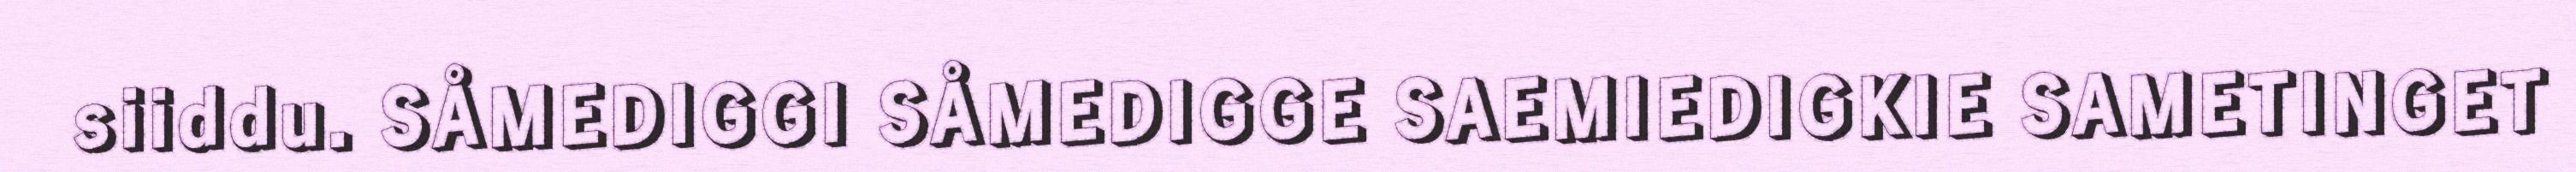
siiddu. SÅMEDIGGI SÅMEDIGGE SAEMIEDIGKIE SAMETINGET